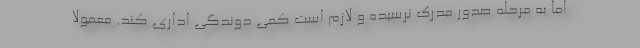
اما به مرحله صدور مدرک نرسیده و لازم است کمی دوندگی اداری کند. معمولا